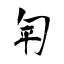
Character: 匉